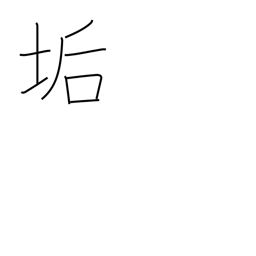
Meaning: earwax